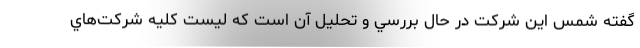
گفته شمس اين شركت در حال بررسي و تحليل آن است كه ليست كليه شركت‌هاي